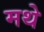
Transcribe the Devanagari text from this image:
मथे